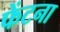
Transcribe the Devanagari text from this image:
फेंटना